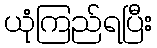
ယုံကြည်ရပြီး